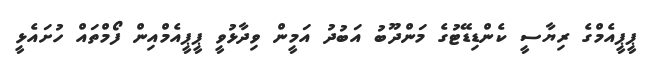
ޕީޕީއެމްގެ ރިޔާސީ ކެންޑިޑޭޓުގެ މަންދޫބު އަބުދު އަމީން ވިދާޅުވީ ޕީޕީއެމްއިން ފޯމްތައް ހުށައެޅީ